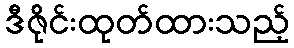
ဒီဇိုင်းထုတ်ထားသည့်